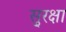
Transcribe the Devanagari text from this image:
सु्रक्षा